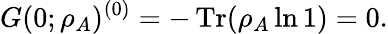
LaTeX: G(0;\rho_{A})^{(0)}=-\operatorname{Tr}(\rho_{A}\ln{1})=0.